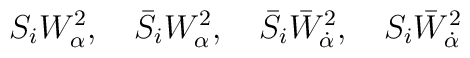
S_iW_\alpha^2,\quad \bar S_iW_\alpha^2,\quad \bar S_i\bar W_{\dot\alpha}^2,\quad  S_i\bar W_{\dot \alpha}^2